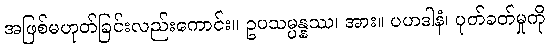
အဖြစ်မဟုတ်ခြင်းလည်းကောင်း။ ဥပသမ္ပန္နဿ၊ အား။ ပဟဒါနံ၊ ပုတ်ခတ်မှုကို